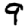
Digit: 9